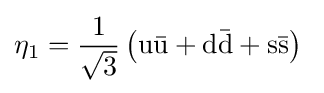
\mathrm {\eta } _{1}={\frac {1}{\sqrt {3}}}\left(\mathrm {u{\bar {u}}+d{\bar {d}}+s{\bar {s}}} \right)~